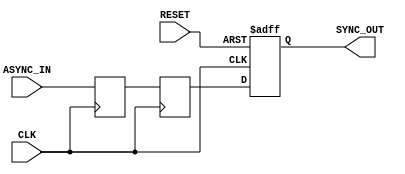
module async_to_sync_converter (
    input wire ASYNC_IN,     // Asynchronous input signal
    input wire CLK,          // Synchronous clock signal
    input wire RESET,        // Asynchronous reset signal
    output reg SYNC_OUT      // Synchronous output signal
);

    // Internal signals for double-register stage
    reg ASYNC_REG1;
    reg ASYNC_REG2;

    // Asynchronous reset for output
    always @(posedge CLK or posedge RESET) begin
        if (RESET) begin
            SYNC_OUT <= 1'b0; // Initialize SYNC_OUT to known state
        end else begin
            SYNC_OUT <= ASYNC_REG2; // Capture the second stage register
        end
    end

    // Double-register stage to mitigate metastability
    always @(posedge CLK) begin
        ASYNC_REG1 <= ASYNC_IN; // Sample the ASYNC_IN
        ASYNC_REG2 <= ASYNC_REG1; // Pass through the first register
    end

endmodule